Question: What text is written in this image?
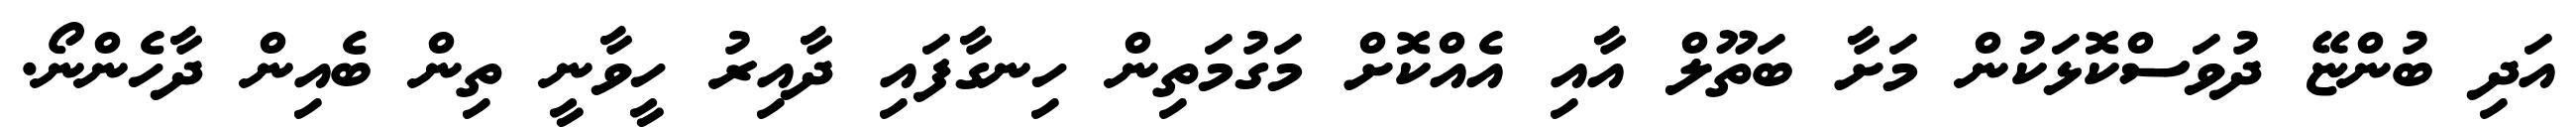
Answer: އަދި ބުންޏޭ ދުވަސްކޮޅަކުން މަށާ ބަތޫލް އާއި އެއްކޮށް މަގުމަތިން ހިނގާފައި ދާއިރު ހީވާނީ ތިން ބެއިން ދާހެންނޯ.